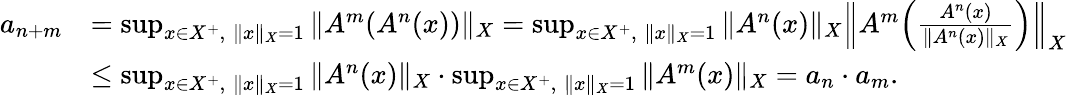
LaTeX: \begin{array}{rl}{a_{n+m}}&{=\operatorname*{sup}_{x\in X^{+},\; \| x\| _{X}=1}\| A^{m}(A^{n}(x))\| _{X}=\operatorname*{sup}_{x\in X^{+},\; \| x\| _{X}=1}\| A^{n}(x)\| _{X}\Bigl\| A^{m}\Bigl(\frac{A^{n}(x)}{\| A^{n}(x)\| _{X}}\Bigr)\Bigr\| _{X}}\\ &{\leq\operatorname*{sup}_{x\in X^{+},\; \| x\| _{X}=1}\| A^{n}(x)\| _{X}\cdot\operatorname*{sup}_{x\in X^{+},\; \| x\| _{X}=1}\| A^{m}(x)\| _{X}=a_{n}\cdot a_{m}.}\end{array}